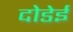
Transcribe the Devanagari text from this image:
दोडेई